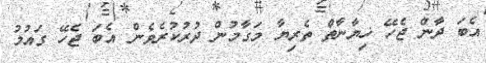
އެބަ ދާން ޖެހޭ ޚިޔާނާތް ތެރިޔާ މަގާމުން ދުރުކުރެވެން އެބަ ޖެހޭ ގައުމު